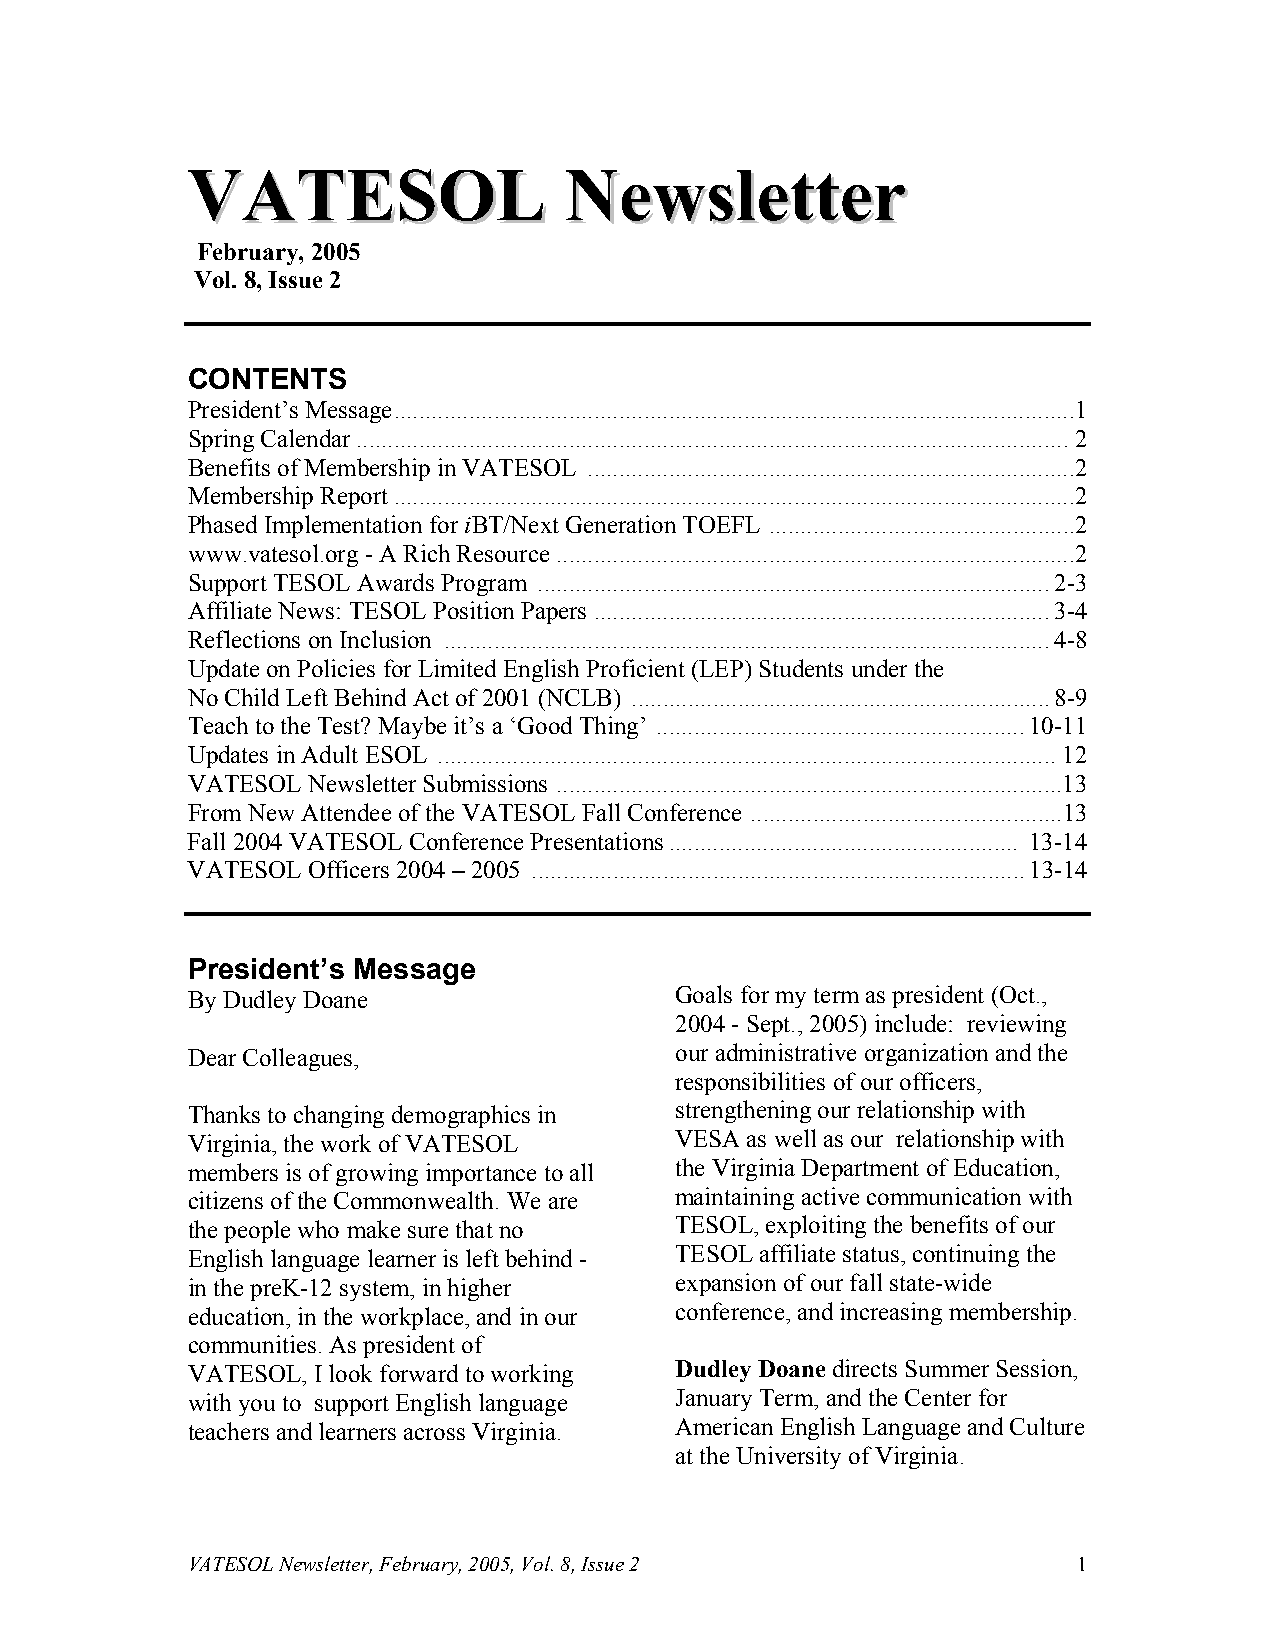
VVAATTEESSOOLL           NNeewwsslleetttteerr
 February, 2005
 Vol. 8, Issue 2
 CONTENTS
 President’s Message.............................................................................................................1
 Spring Calendar.................................................................................................................. 2
 Benefits of Membership in VATESOL ..............................................................................2
 Membership Report.............................................................................................................2
 Phased Implementation for iBT/Next Generation TOEFL .................................................2
 www.vatesol.org - A Rich Resource ...................................................................................2
 Support TESOL Awards Program ..................................................................................2-3
 Affiliate News: TESOL Position Papers .........................................................................3-4
 Reflections on Inclusion .................................................................................................4-8
 Update on Policies for Limited English Proficient (LEP) Students under the
 No Child Left Behind Act of 2001 (NCLB) ...................................................................8-9
 Teach to the Test? Maybe it’s a ‘Good Thing’ ...........................................................10-11
 Updates in Adult ESOL ................................................................................................... 12
 VATESOL Newsletter Submissions .................................................................................13
 From New Attendee of the VATESOL Fall Conference ..................................................13
 Fall 2004 VATESOL Conference Presentations........................................................ 13-14
 VATESOL Officers 2004 – 2005 ...............................................................................13-14
 President’s Message
 By Dudley Doane                  Goals for my term as president (Oct.,
 2004 - Sept., 2005) include: reviewing
 Dear Colleagues,                 our administrative organization and the
 responsibilities of our officers,
 Thanks to changing demographics in strengthening our relationship with
 Virginia, the work of VATESOL    VESA as well as our relationship with
 members is of growing importance to all the Virginia Department of Education,
 citizens of the Commonwealth. We are maintaining active communication with
 the people who make sure that no TESOL, exploiting the benefits of our
 English language learner is left behind - TESOL affiliate status, continuing the
 in the preK-12 system, in higher expansion of our fall state-wide
 education, in the workplace, and in our conference, and increasing membership.
 communities. As president of
 VATESOL, I look forward to working Dudley Doane directs Summer Session,
 with you to support English language January Term, and the Center for
 teachers and learners across Virginia. American English Language and Culture
 at the University of Virginia.
 VATESOL Newsletter, February, 2005, Vol. 8, Issue 2        1